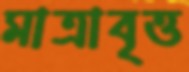
মাত্রাবৃত্ত